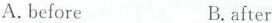
A.beforeB.after